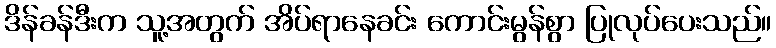
ဒိန်ခန်ဒီးက သူ့အတွက် အိပ်ရာနေခင်း ကောင်းမွန်စွာ ပြုလုပ်ပေးသည်။